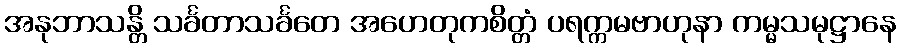
အနုဘာသန္တိ သင်္ခတာသင်္ခတေ အဟေတုကစိတ္တံ ပရက္ကမဗာဟုနာ ကမ္မသမုဋ္ဌာနေ